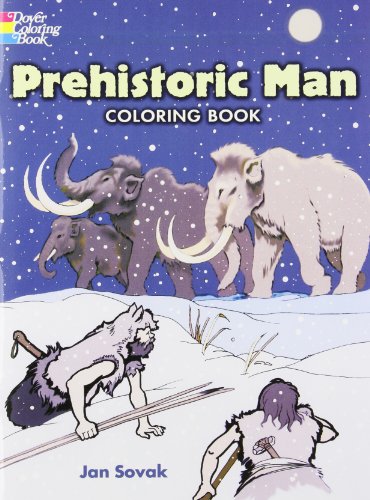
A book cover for Prehistoric Man, Coloring Book; Jan Sovak; Children's Books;